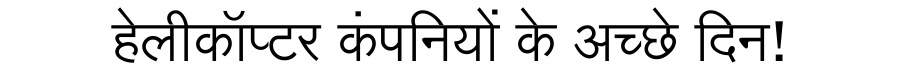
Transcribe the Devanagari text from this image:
हेलीकॉप्टर कंपनियों के अच्छे दिन!